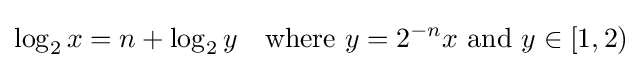
\log _{2}x=n+\log _{2}y\quad {\text{where }}y=2^{-n}x{\text{ and }}y\in [1,2)